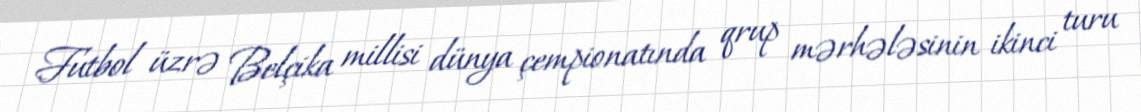
Futbol üzrə Belçika millisi dünya çempionatında qrup mərhələsinin ikinci turu